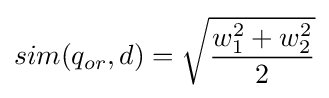
sim(q_{or},d)={\sqrt {\frac {w_{1}^{2}+w_{2}^{2}}{2}}}